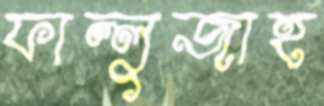
ফাল্লুজাহ